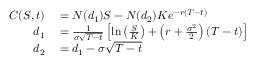
\begin{array} { r l } { C ( S , t ) } & { { } = N ( d _ { 1 } ) S - N ( d _ { 2 } ) K e ^ { - r ( T - t ) } } \\ { d _ { 1 } } & { { } = { \frac { 1 } { \sigma { \sqrt { T - t } } } } \left[ \ln \left( { \frac { S } { K } } \right) + \left( r + { \frac { \sigma ^ { 2 } } { 2 } } \right) ( T - t ) \right] } \\ { d _ { 2 } } & { { } = d _ { 1 } - \sigma { \sqrt { T - t } } } \end{array}